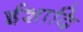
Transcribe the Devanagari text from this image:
ईशादि